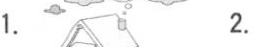
1. 2.